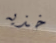
خذيه